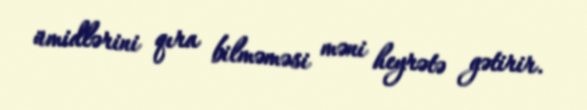
ümidlərini qıra bilməməsi məni heyrətə gətirir.